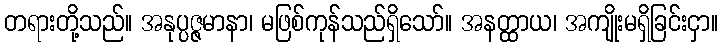
တရားတို့သည်။ အနုပ္ပဇ္ဇမာနာ၊ မဖြစ်ကုန်သည်ရှိသော်။ အနတ္ထာယ၊ အကျိုးမရှိခြင်းငှာ။